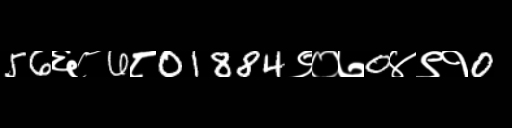
Text: 56६८6८01884९०७0४९१0